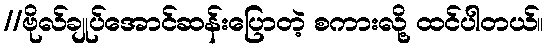
//ဗိုလ်ချုပ်အောင်ဆန်းပြောတဲ့ စကားလို့ ထင်ပါတယ်။